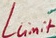
Text: Llimit